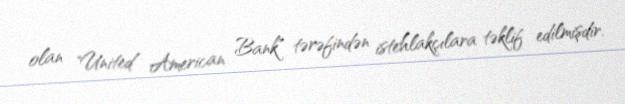
olan "United American Bank" tərəfindən istehlakçılara təklif edilmişdir.